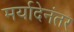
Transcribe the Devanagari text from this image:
मर्यादेनंतर